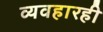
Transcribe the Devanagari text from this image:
व्यवहारही